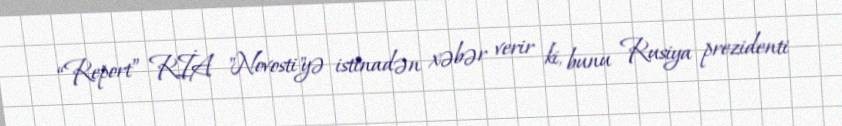
“Report” RİA "Novosti"yə istinadən xəbər verir ki, bunu Rusiya prezidenti